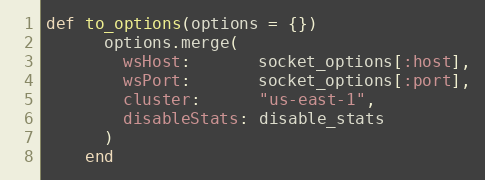
Language: Ruby
def to_options(options = {})
      options.merge(
        wsHost:       socket_options[:host],
        wsPort:       socket_options[:port],
        cluster:      "us-east-1",
        disableStats: disable_stats
      )
    end